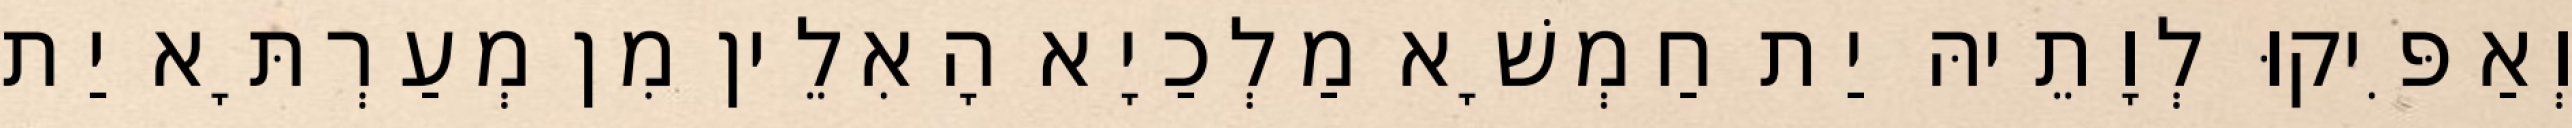
וְאַפִּיקוּ לְוָתֵיהּ יַת חַמְשָׁא מַלְכַיָא הָאִלֵין מִן מְעַרְתָּא יַת